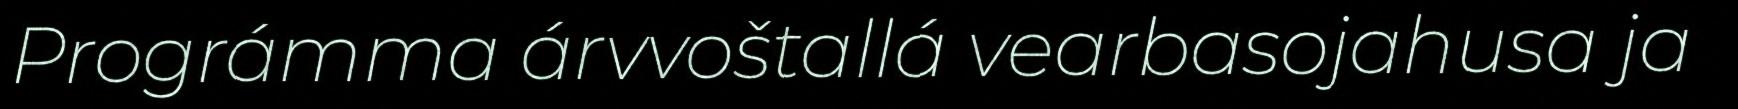
Prográmma árvvoštallá vearbasojahusa ja